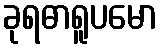
ခုရဓာရူပမော